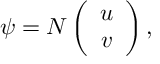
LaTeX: \psi = N \left( \begin{array} { c } { { u } } \\ { { v } } \end{array} \right) ,